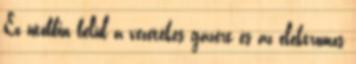
Ez utóbbin belül a vezetékes gázért és az elektromos